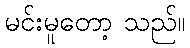
မင်းမူတော့ သည်။